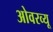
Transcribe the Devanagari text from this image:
ओवरव्यू